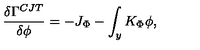
{ \frac { \delta \Gamma ^ { C J T } } { \delta \phi } } = - J _ { \Phi } - \int _ { y } K _ { \Phi } \phi ,